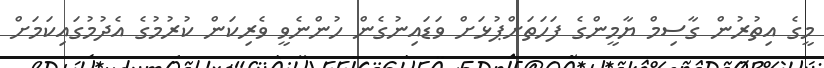
މީގެ އިތުރުން ގާސިމް ޔާމީންގެ ފަހަތަށްޕުޅަށް ވަޑައިނުގެން ހުންނެވީ ވެރިކަން ކުރުމުގެ އެދުމުގައިކަމަށް